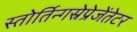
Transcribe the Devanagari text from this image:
स्तोर्तिन्गस्रेप्रेजेंतेटर